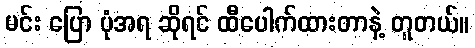
မင်း ပြော ပုံအရ ဆိုရင် ထီပေါက်ထားတာနဲ့ တူတယ်။